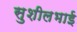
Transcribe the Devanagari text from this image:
सुशीलभाई